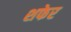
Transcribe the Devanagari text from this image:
शफेर